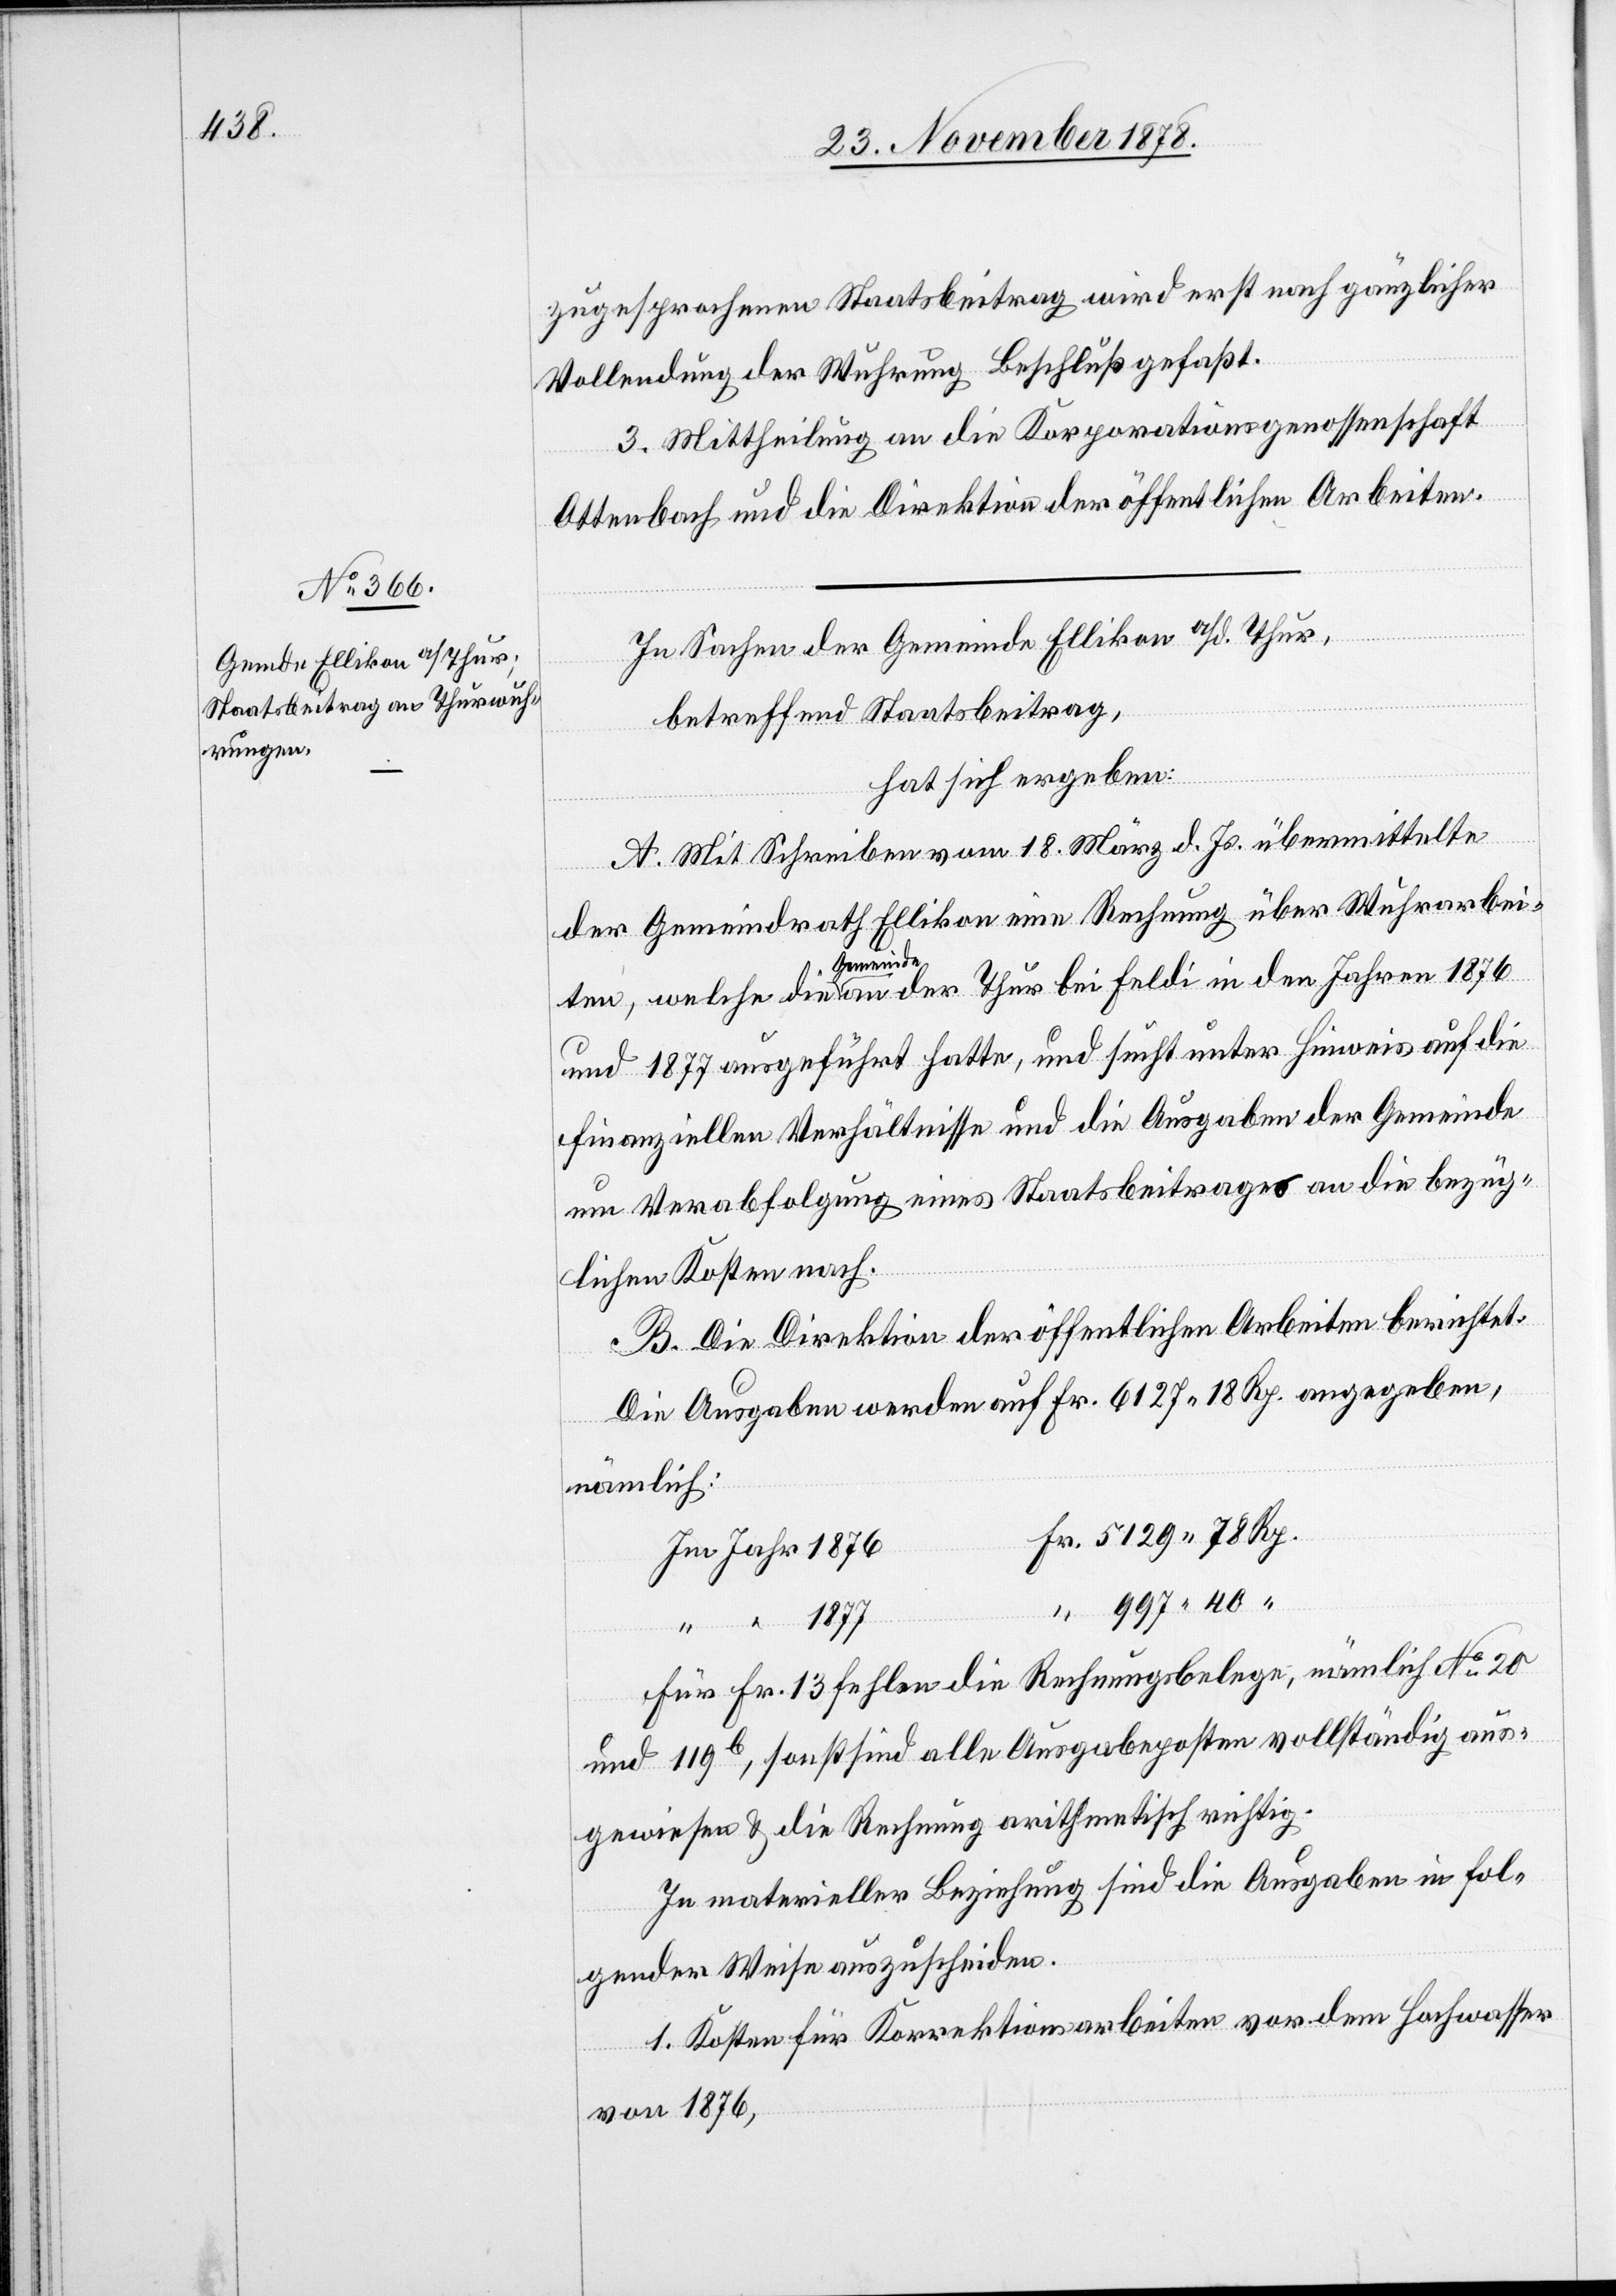
zugesprochenen Staatsbeitrag wird erst nach gänzlicher
Vollendung der Wuhrung Beschluß gefaßt.
3. Mittheilung an die Korporationsgenossenschaft
Ottenbach und die Direktion der öffentlichen Arbeiten.
“
In Sachen der Gemeinde Ellikon a/d. Thur,
betreffend Staatsbeitrag,
hat sich ergeben:
A. Mit Schreiben vom 18. März d. Js. übermittelte
der Gemeindrath Ellikon eine Rechnung über Wuhrarbei¬
ten, welche die Gemeinde an der Thur bei Feldi in den Jahren 1876
und 1877 ausgeführt hatte, und sucht unter Hinweis auf die
finanziellen Verhältnisse und die Ausgaben der Gemeinde
um Verabfolgung eines Staatsbeitrages an den bezüg¬
lichen Kosten nach.
B. Die Direktion der öffentlichen Arbeiten berichtet:
Die Ausgaben werden auf Fr. 6127 18 Rp. angegeben,
nämlich:
Fr. 5129 78 Rp.
Im Jahr 1876
997 40 “
“ “ 1877
Für Fr. 13 fehlen die Rechnungsbelege, nämlich No 20
und 119b, sonst sind alle Ausgabenposten vollständig aus¬
gewiesen & die Rechnung arithmetisch richtig.
In materieller Beziehung sind die Ausgaben in fol¬
gender Weise auszuscheiden.
1. Kosten für Korrektionsarbeiten vor dem Hochwasser
von 1876,